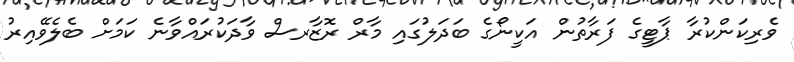
ވެރިކަންކުރާ ޕާޓީގެ ފަރާތުން އަކީނޯގެ ބަދަލުގައި މާރް ރޮޒާރސް ވާދަކުރައްވާނެ ކަމަށް ބެލެވޭއިރު